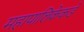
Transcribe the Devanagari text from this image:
महापालिकेकडे